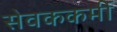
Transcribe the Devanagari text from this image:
सेवककर्मी